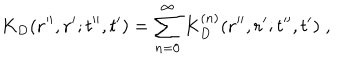
K _ { D } ( { \bf r } ^ { \prime \prime } , { \bf r } ^ { \prime } ; t ^ { \prime \prime } , t ^ { \prime } ) = \sum _ { n = 0 } ^ { \infty } K _ { D } ^ { ( n ) } ( { \bf r } ^ { \prime \prime } , { \bf r } ^ { \prime } ; t ^ { \prime \prime } , t ^ { \prime } ) \; ,